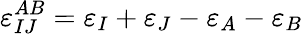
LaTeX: \varepsilon_{IJ}^{AB}=\varepsilon_{I}+\varepsilon_{J}-\varepsilon_{A}-\varepsilon_{B}